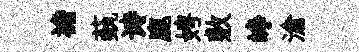
襜蓺诗鹿娉敷峥滄